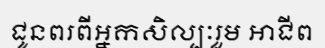
ជូនពរពីអ្នកសិល្បៈរួម អាជីព